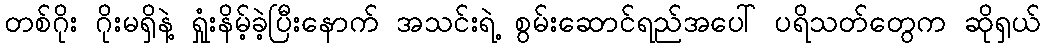
တစ်ဂိုး ဂိုးမရှိနဲ့ ရှုံးနိမ့်ခဲ့ပြီးနောက် အသင်းရဲ့ စွမ်းဆောင်ရည်အပေါ် ပရိသတ်တွေက ဆိုရှယ်